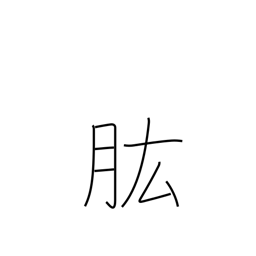
Meaning: ability